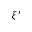
\xi ^ { \prime }